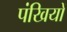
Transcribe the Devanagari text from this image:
पंखियों